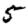
Digit: 5